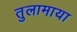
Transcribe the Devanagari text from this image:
तुलामाया